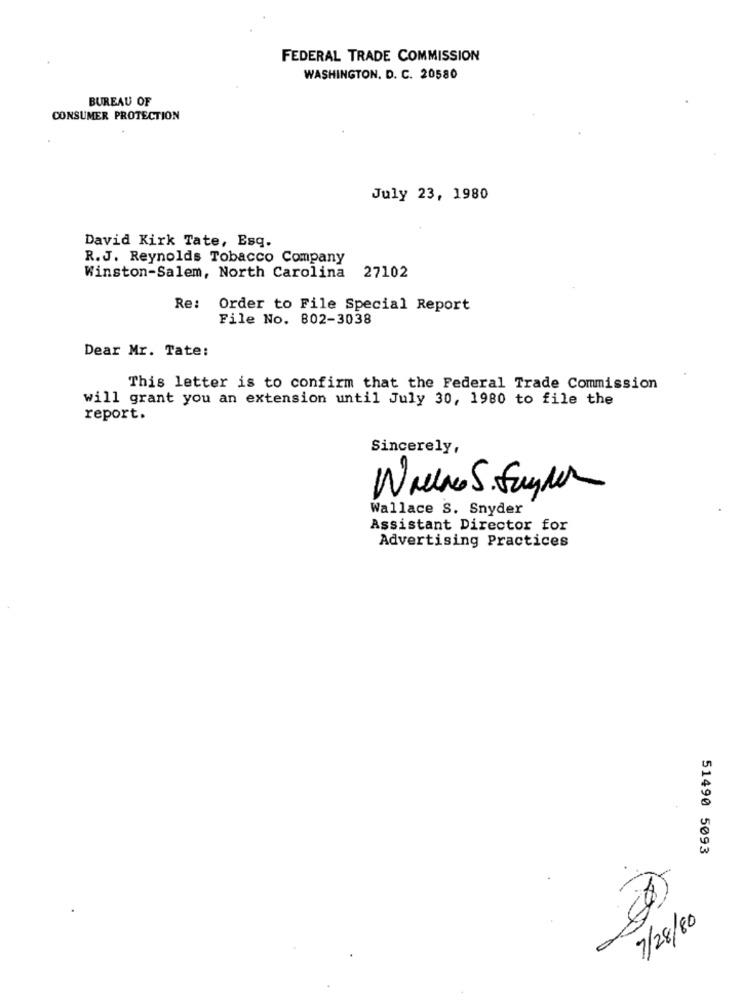
FEDERAL TRADE COMMISSION
WASHINGTON, D. C. 20580
BUREAU OF
CONSUMER PROTECTION
July 23, 1980
David Kirk Tate, Esq.
R.J. Reynolds Tobacco Company
Winston-Salem, North Carolina
27102
Re:
Order to File Special Report
File No. 802-3038
Dear Mr. Tate:
This letter is to confirm that the Federal Trade Commission
will grant you an extension until July 30, 1980 to file the
report.
Sincerely,
Wallace S. Snyder
Assistant Director for
Advertising Practices
51490 5093
7/28/ 80